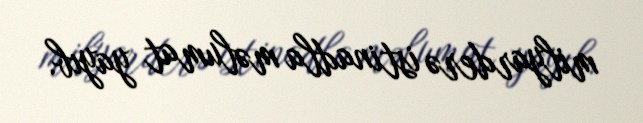
milyarderə istinadla məlumat yayıb.